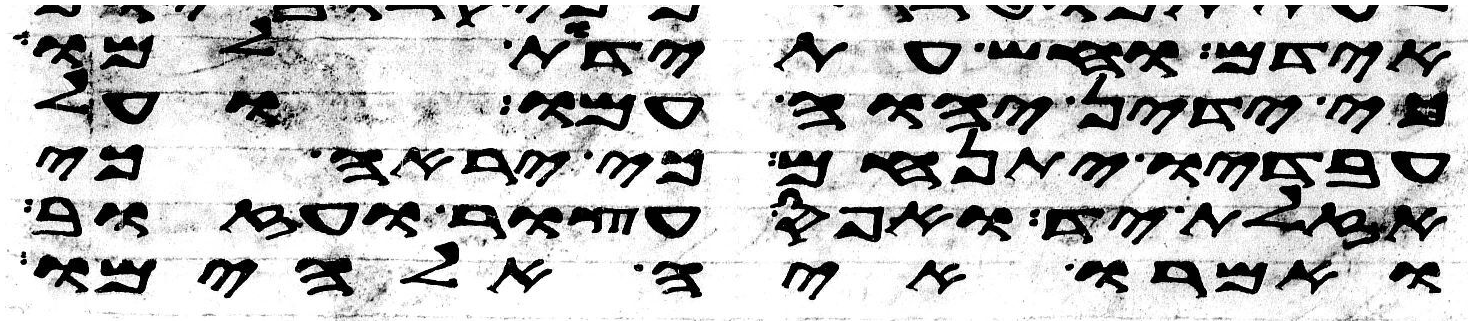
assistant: אידם וחש עתידת למו
כי ידין יהוה עמו ועל
עבדיו יתנחם כי יראה כי
אזלת יד ואפס עצור ועזוב
ואמרו איה אלהימו